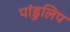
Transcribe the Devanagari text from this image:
पांडुलिप